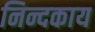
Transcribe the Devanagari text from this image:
निन्दकाय